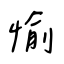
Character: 愉